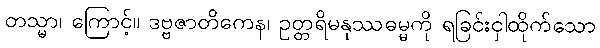
တသ္မာ၊ ကြောင့်။ ဒဗ္ဗဇာတိကေန၊ ဥတ္တရိမနုဿဓမ္မကို ရခြင်းငှါထိုက်သော